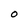
Character: O